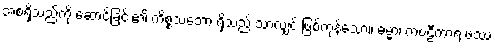
အစရှိသည်ကို ဆောင်ခြင်း၏ ကိစ္စသဘော ရှိသည် သာလျှင် ဖြစ်ကုန်သော။ ဓမ္မာ၊ ကဗဠီကာရ ဖဿ